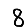
Digit: 8